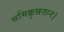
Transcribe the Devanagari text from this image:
श्रमिक्कुन्नतान।